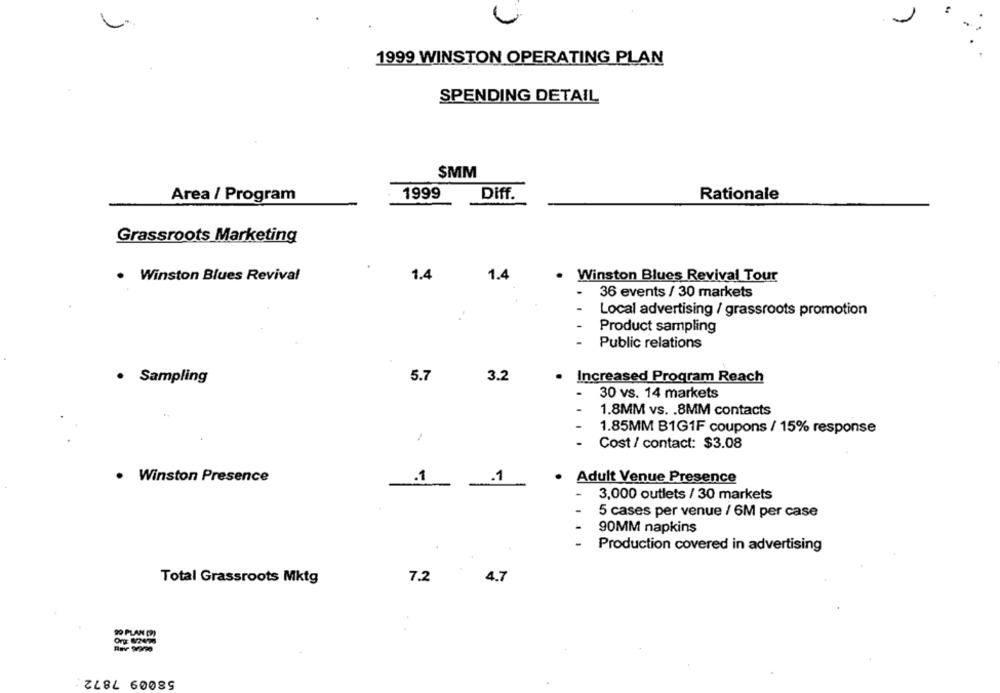
L.
1999 WINSTON OPERATING PLAN
SPENDING DETAIL
$MM
Area / Program
1999
Diff.
Rationale
Grassroots Marketing
. Winston Blues Revival
1.4
1.4
Winston Blues Revival Tour
.
36 events / 30 markets
Local advertising / grassroots promotion
Product sampling
Public relations
· Sampling
5.7
3.2
Increased Program Reach
30 vs. 14 markets
1.8MM vs. . 8MM contacts
1.85MM B1G1F coupons / 15% response
Cost / contact: $3.08
. Winston Presence
.1
.1
Adult Venue Presence
3,000 outlets / 30 markets
5 cases per venue / 6M per case
90MM napkins
Production covered in advertising
Total Grassroots Mktg
7.2
4.7
==
58009 7872